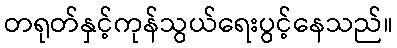
တရုတ်နှင့်ကုန်သွယ်ရေးပွင့်နေသည်။